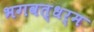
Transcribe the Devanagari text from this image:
भगवत्धर्म